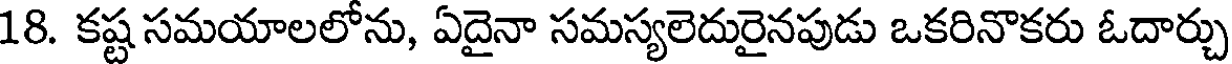
18. కష్ట సమయాలలోను, ఏదైనా సమస్యలెదురైనపుడు ఒకరినొకరు ఓదార్చు